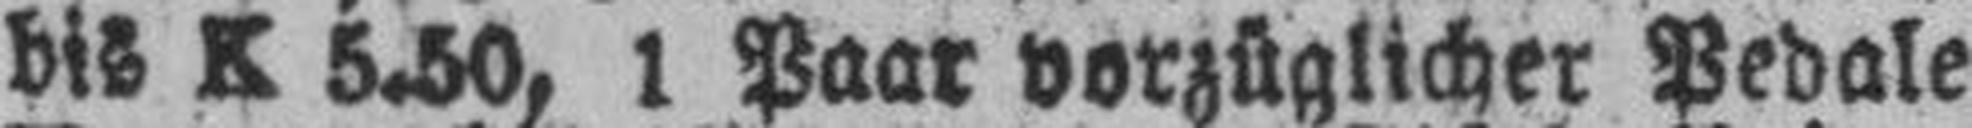
bis K 5.50, 1 Paar vorzüglicher Pedale